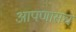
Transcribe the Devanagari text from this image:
आपणासच